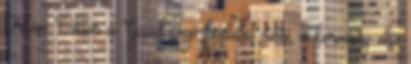
Orbán Viktor a Gazdasági fordulat című, a kormány első